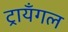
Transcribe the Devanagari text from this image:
ट्रायँगल